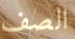
الصف